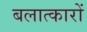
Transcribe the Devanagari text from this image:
बलात्कारों